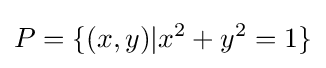
P=\{(x,y)|x^{2}+y^{2}=1\}